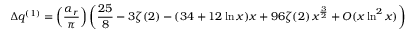
\Delta q ^ { ( 1 ) } = \left( \frac { \alpha _ { r } } { \pi } \right) \left( \frac { 2 5 } { 8 } - 3 \zeta ( 2 ) - ( 3 4 + 1 2 \ln x ) x + 9 6 \zeta ( 2 ) \, x ^ { \frac { 3 } { 2 } } + { \cal O } ( x \ln ^ { 2 } x ) \right)